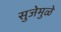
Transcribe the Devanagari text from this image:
सुजेमुळे